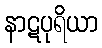
နာဋပုရိယာ